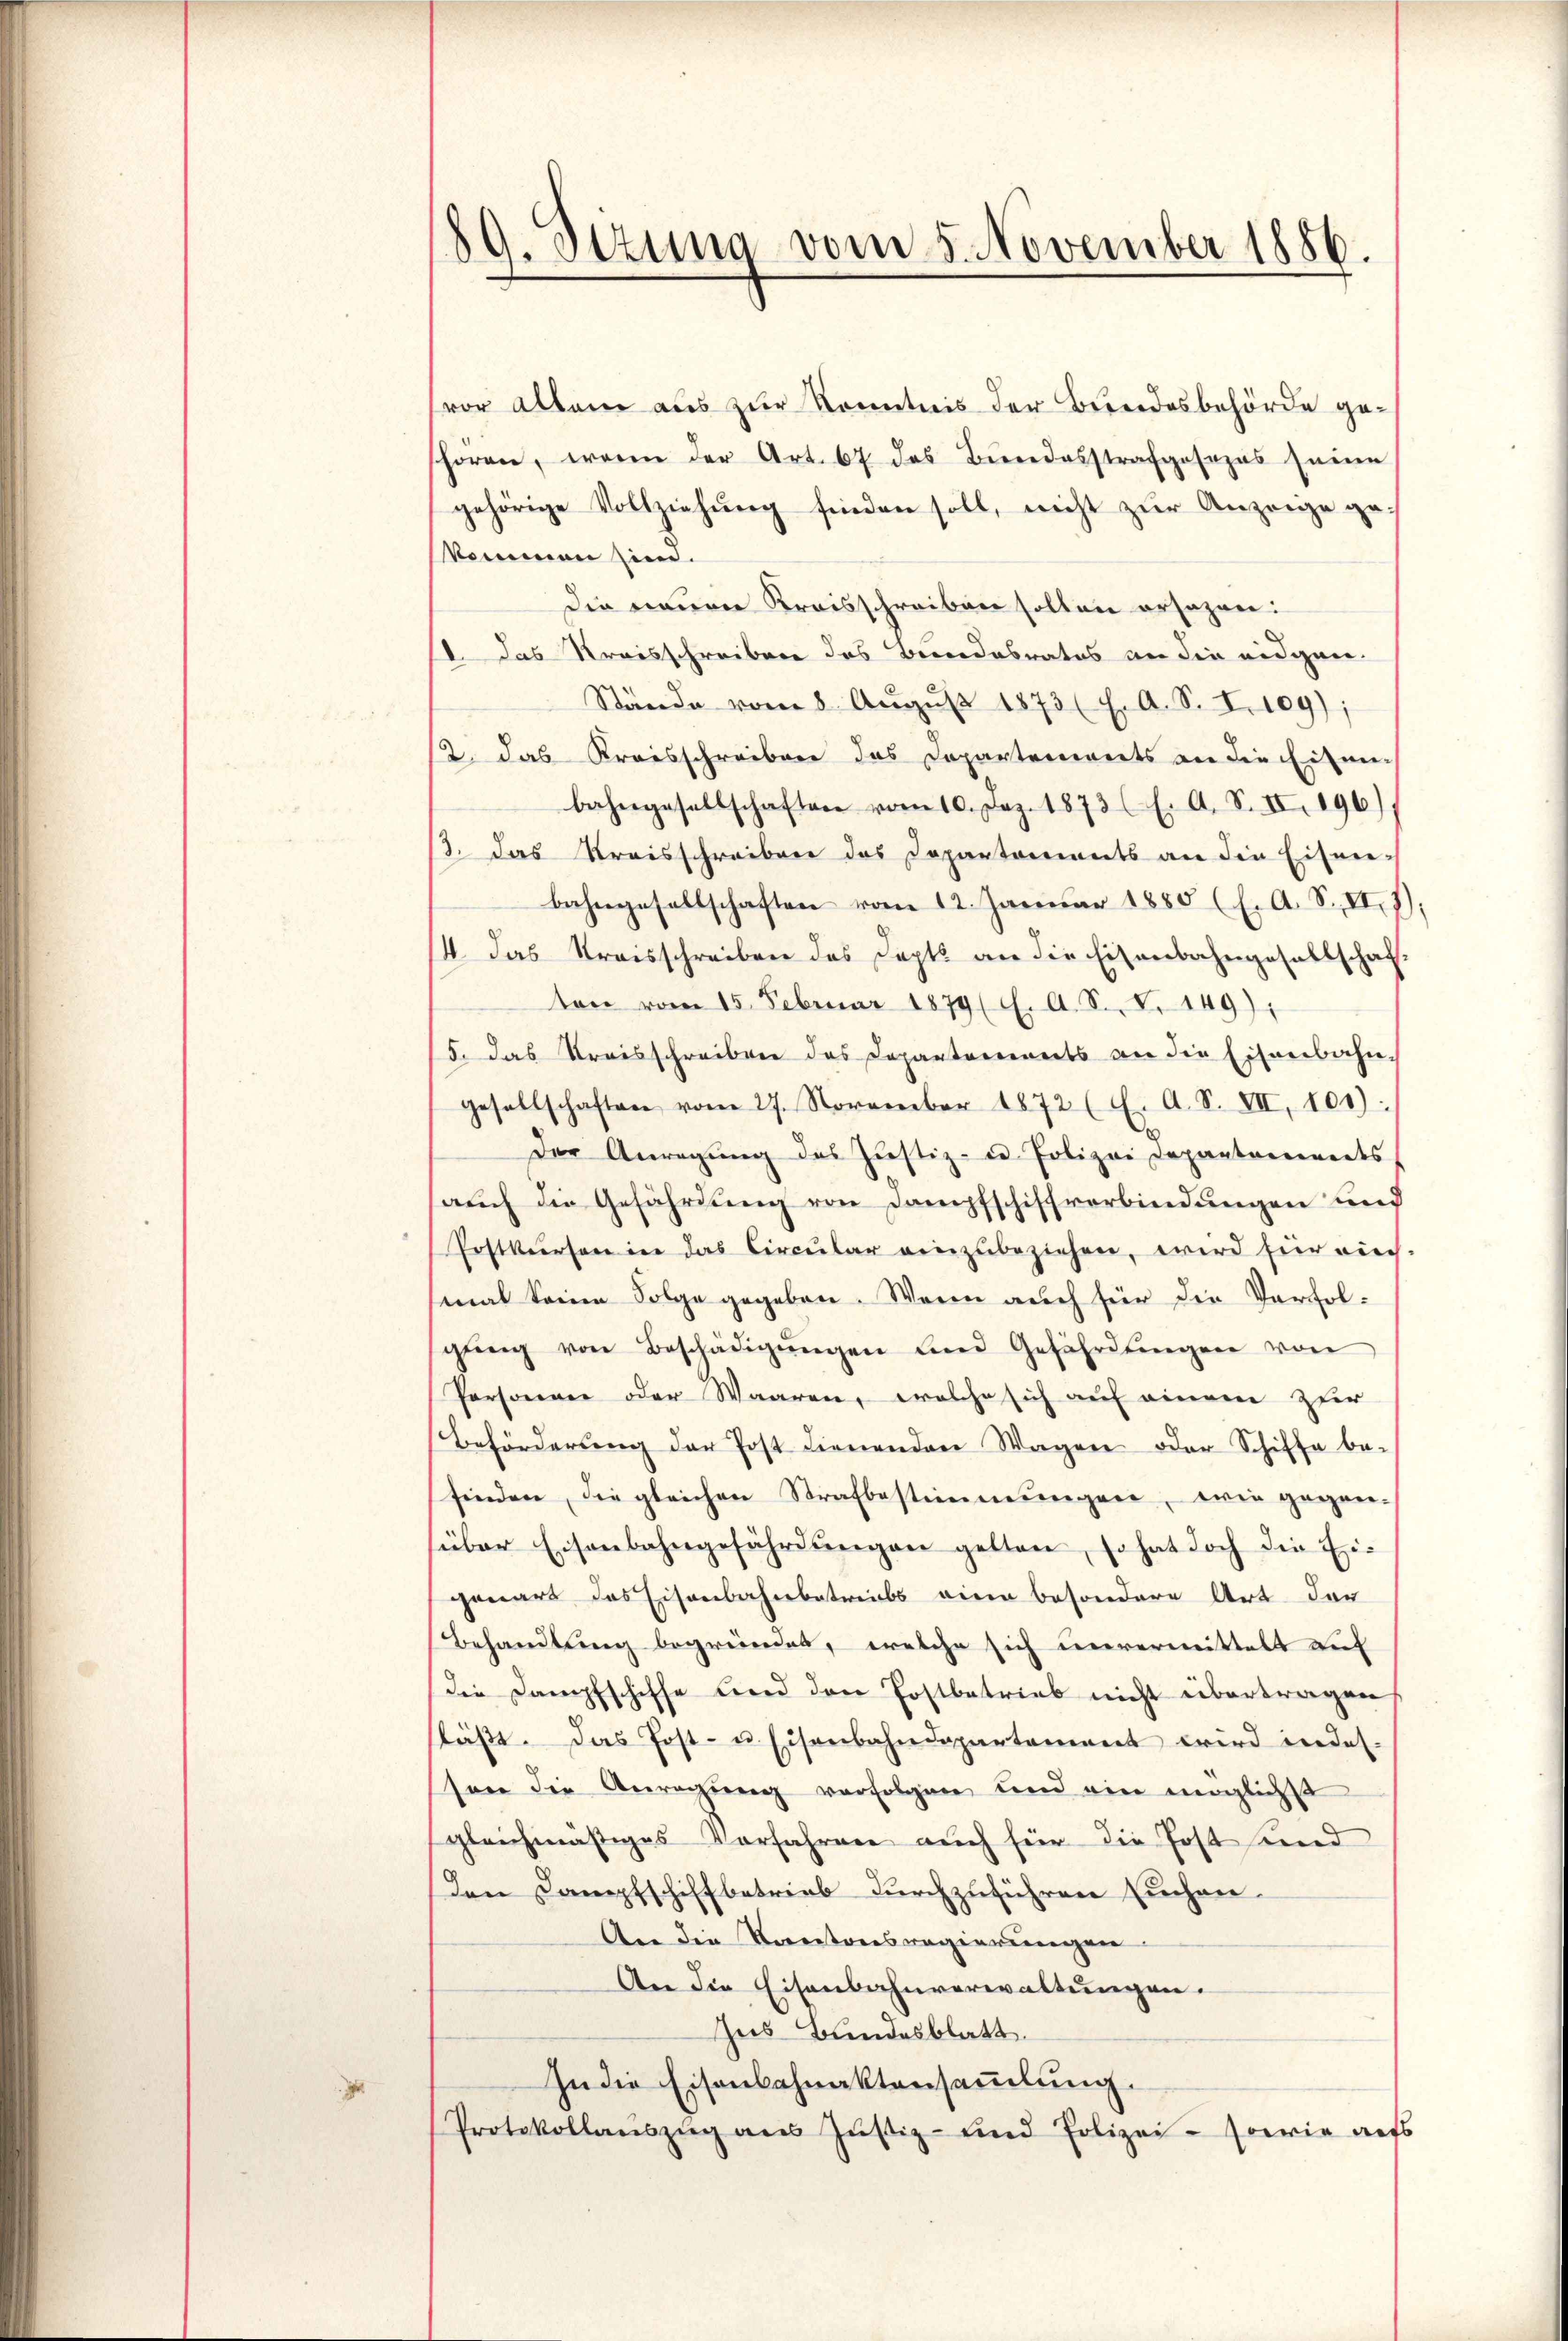
89. Stzung vom 5. November 1886.

vor allem aus zur Kenntnis der Bundesbehörde geshornen, wenn der Art. 67 das Beredesstrafgesezes seine
gehörige Vollziehŭng finden soll, nicht zŭr Anzeige ge
kommen sind.
Die neuen Kreisschreiben sollen ersagen:
11. Das Kreisschreiben des Bundesrates an die eidgan¬
Stände vom 8. Aŭgŭst 1873 (4. A. S. I. 109);
2. das Kreisschreiben das Departements an die Eisen-
bahngesellschaften vom 10. Dez. 1873 (E. A. S. II. 196)
13. Das Kreisschreiben das Departements an die Eisen-
bahngesellschaften vom 12. Januar 1855 (E. A. S. II 7,
14. Das Kreisschreiben des Depts an die Eisenbahngesellschaf
ten vom 15. Februar 1879 (E. A. S. X. 149):
5. das Kreisschreiben des Departements an die Eisenbahn,
gesellschaften vom 27. November 1872 (E. A. S. VII, 101):
Der Anregŭng des Justiz- u. Polizei Departaminedts
auch die Gefährdung von Dampfschiffverbindungen und
Postkursen in das Circular einzubeziehen, wird für rich-
mal keine Folge gegeben. Wenn auch für die Verfolgŭng von Beschädigŭngen und Gefährdŭngen von
Personen oder Waaren, welche sich auf einem zur
Beförderŭng der Post Lienenden Wagen oder Schiffa be-
finden, die gleichen Strafbestimmungen, wie gegen-
süber Eisenbahngefährdŭngen gelten, so hat doch die Eigenart das Eisenbahnbetreibs eine besondere Art der
Behandlung begründet, welche sich unvermittelt auf
die Dampfschiffe und den Postbetrieb nicht übertragen
stäβt. Das Post- u. Eisenbahndepartement wird indes-
sen die Anregung verfolgen und ein möglichst
gleichmäßiges Vorfahren auch für die Post sind
den Dampfschiffbetrieb durchzuführen suchen.
An die Kantonsregierungen
An die Eisenbahnverwaltungen.
Zus Bundesblatt.
In die Eisenbahnaktensammlung.
Protokollanszŭg aŭs Jŭstiz- und Polizei- sowie aufs